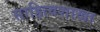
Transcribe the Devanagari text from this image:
साहित्यशाखा